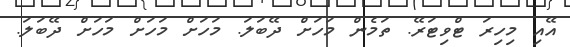
އޭއި މިހިރަ ޓްވިޓަރޭ. ތަމެން މަހަށް ދޭބަލަ. މަހަށް މަހަށް މަހަށް ދޭބަލަ.